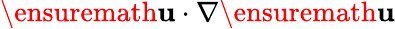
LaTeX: \ensuremath{\mathbf{u}}\cdot\nabla\ensuremath{\mathbf{u}}